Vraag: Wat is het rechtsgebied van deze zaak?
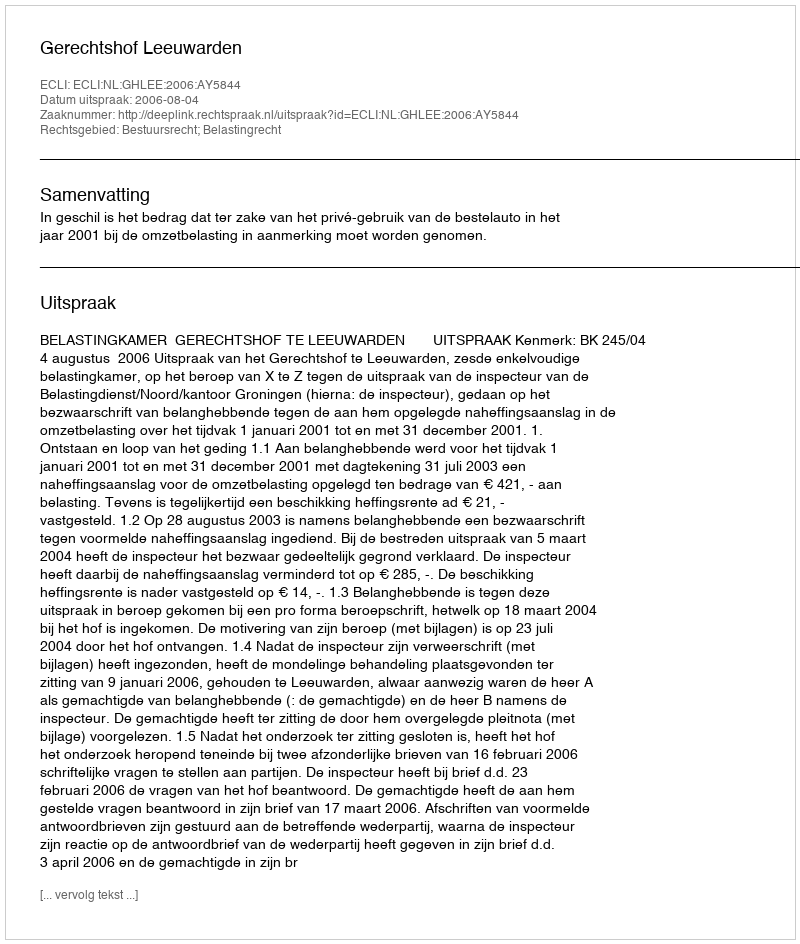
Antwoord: Bestuursrecht; Belastingrecht